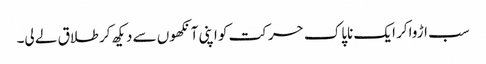
سب اڑواکر ایک ناپاک حرکت کو اپنی آنکھوں سے دیکھ کر طلاق لے لی۔